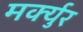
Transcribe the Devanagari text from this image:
मर्क्युर